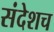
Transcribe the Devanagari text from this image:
संदेशच